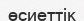
өсиеттік